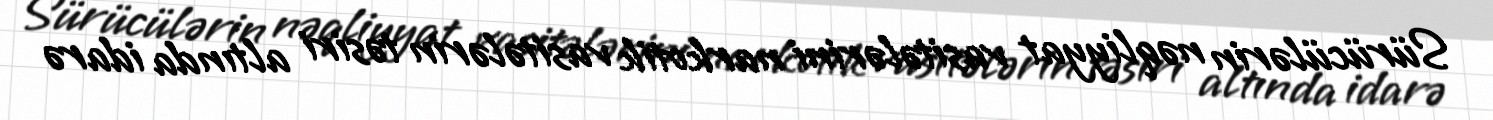
Sürücülərin nəqliyyat vasitələrini narkotik vasitələrin təsiri altında idarə